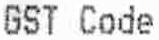
GST CODE